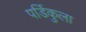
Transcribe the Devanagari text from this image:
पर्डिकुला